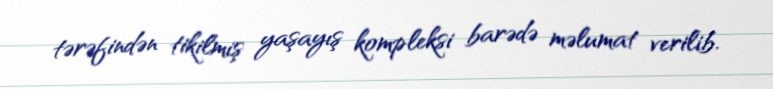
tərəfindən tikilmiş yaşayış kompleksi barədə məlumat verilib.